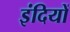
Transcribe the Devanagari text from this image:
इंदियों